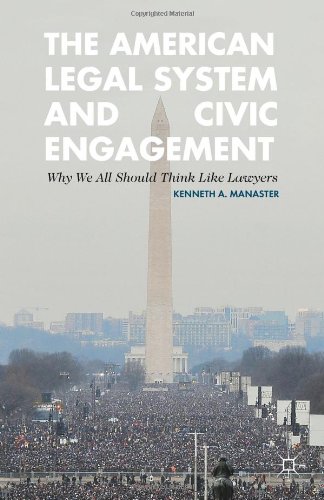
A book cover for The American Legal System and Civic Engagement: Why We All Should Think Like Lawyers; Kenneth Manaster; Law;